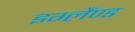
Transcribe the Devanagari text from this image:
इग्लैंण्ड